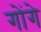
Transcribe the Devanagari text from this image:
गोंगे